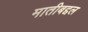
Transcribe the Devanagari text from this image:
मातीबद्दल